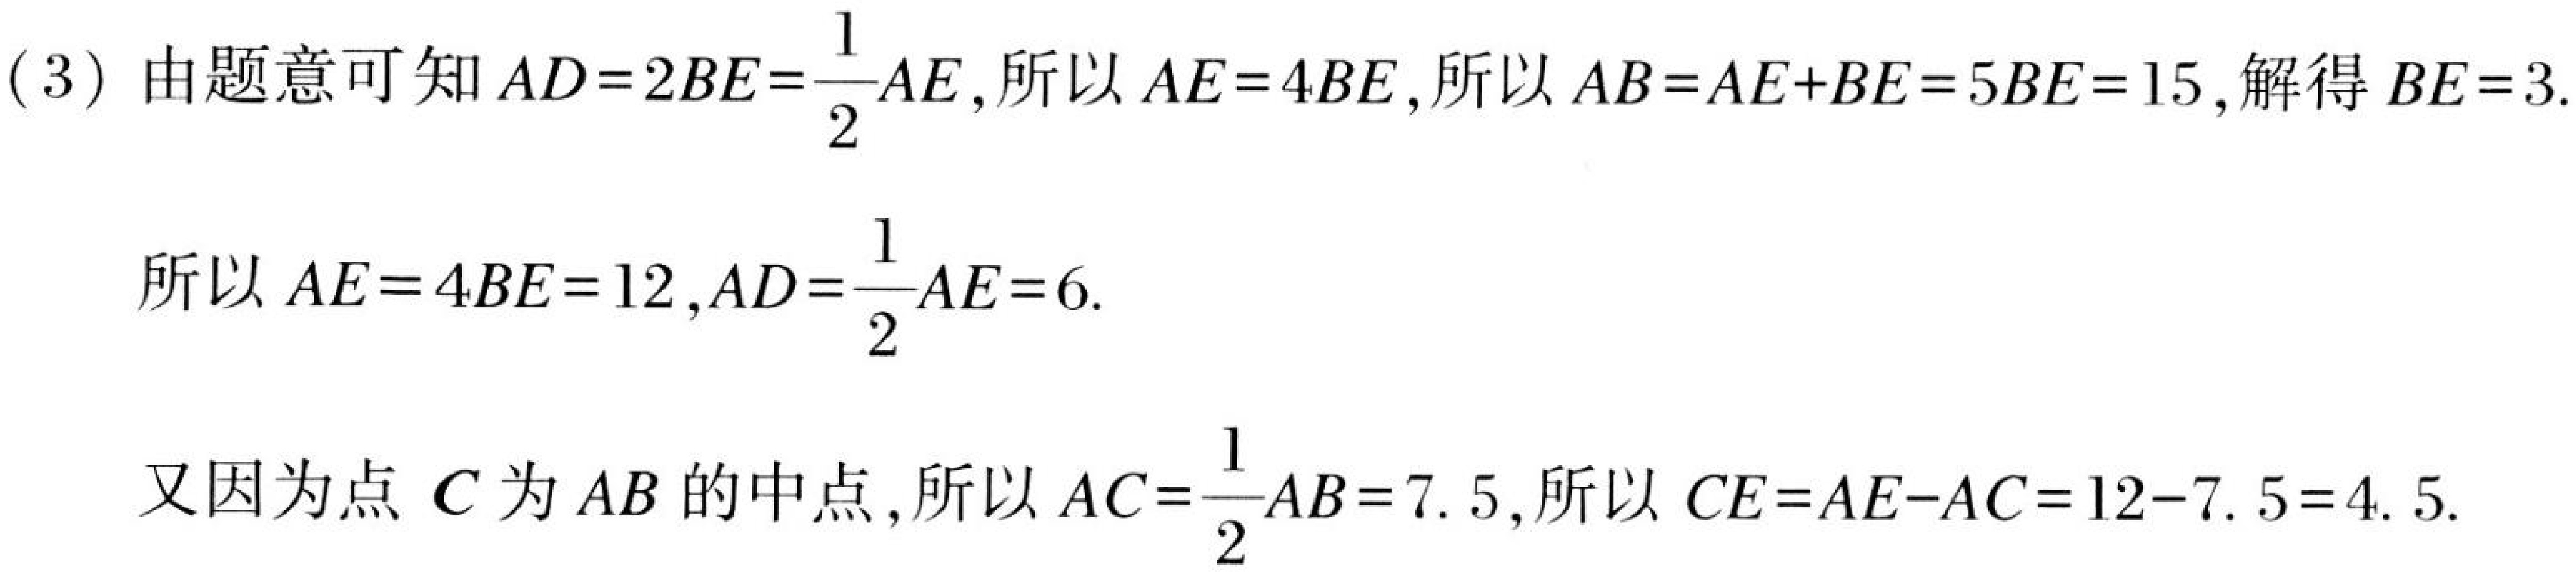
(3) 由题意可知$AD = 2BE=\dfrac{1}{2}AE$,所以$AE = 4BE$,所以$AB=AE + BE = 5BE = 15$,解得$BE = 3$.

所以$AE = 4BE = 12$,$AD=\dfrac{1}{2}AE = 6$.

又因为点$C$为$AB$的中点,所以$AC=\dfrac{1}{2}AB = 7.5$,所以$CE=AE - AC = 12 - 7.5 = 4.5$.